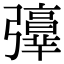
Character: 𢐻